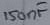
Text: 150nF